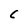
Character: C